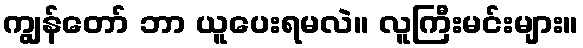
ကျွန်တော် ဘာ ယူပေးရမလဲ။ လူကြီးမင်းများ။